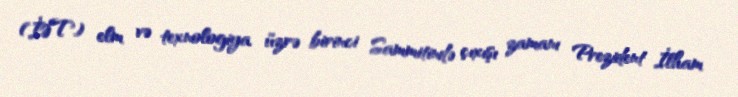
(İƏT) elm və texnologiya üzrə birinci Sammitində çıxışı zamanı Prezident İlham